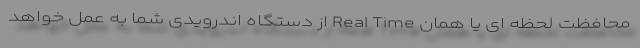
محافظت لحظه ای یا همان Real Time از دستگاه اندرویدی شما به عمل خواهد